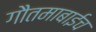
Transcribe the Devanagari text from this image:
गौतमाबाईच